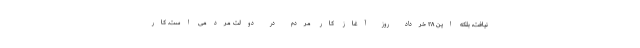
نیافت، بلکه این ۲۸ خرداد روز آغاز کار مردم در دولت مردمی است. کار